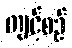
ကျင့်စဉ်